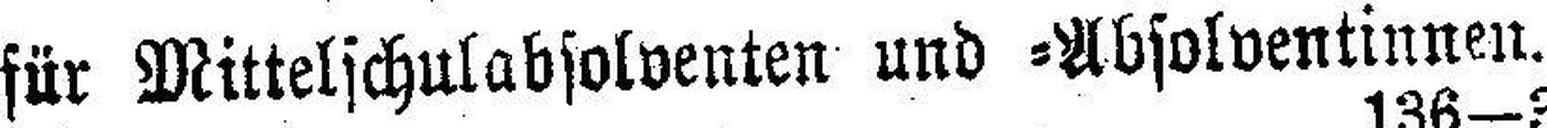
für Mittelschulabsolventen und =Absolventinnen.